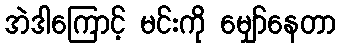
အဲဒါကြောင့် မင်းကို မျှော်နေတာ